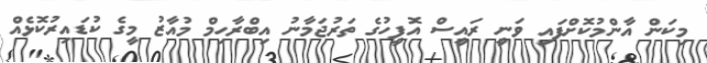
މިކަން އާންމުކޮށްފައި ވަނީ ރައީސް އޮފީހުގެ ތަރުޖަމާނު އިބްރާހިމް މުއާޒު މީގެ ކުޑައިރުކޮޅެއް